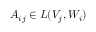
A _ { i j } \in L ( V _ { j } , W _ { i } )